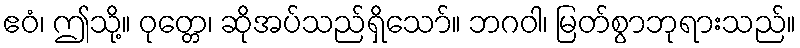
ဧဝံ၊ ဤသို့။ ဝုတ္တေ၊ ဆိုအပ်သည်ရှိသော်။ ဘဂဝါ၊ မြတ်စွာဘုရားသည်။